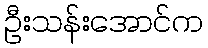
ဦးသန်းအောင်က